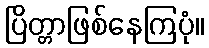
ပြိတ္တာဖြစ်နေကြပုံ။